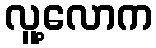
လူ့လောက